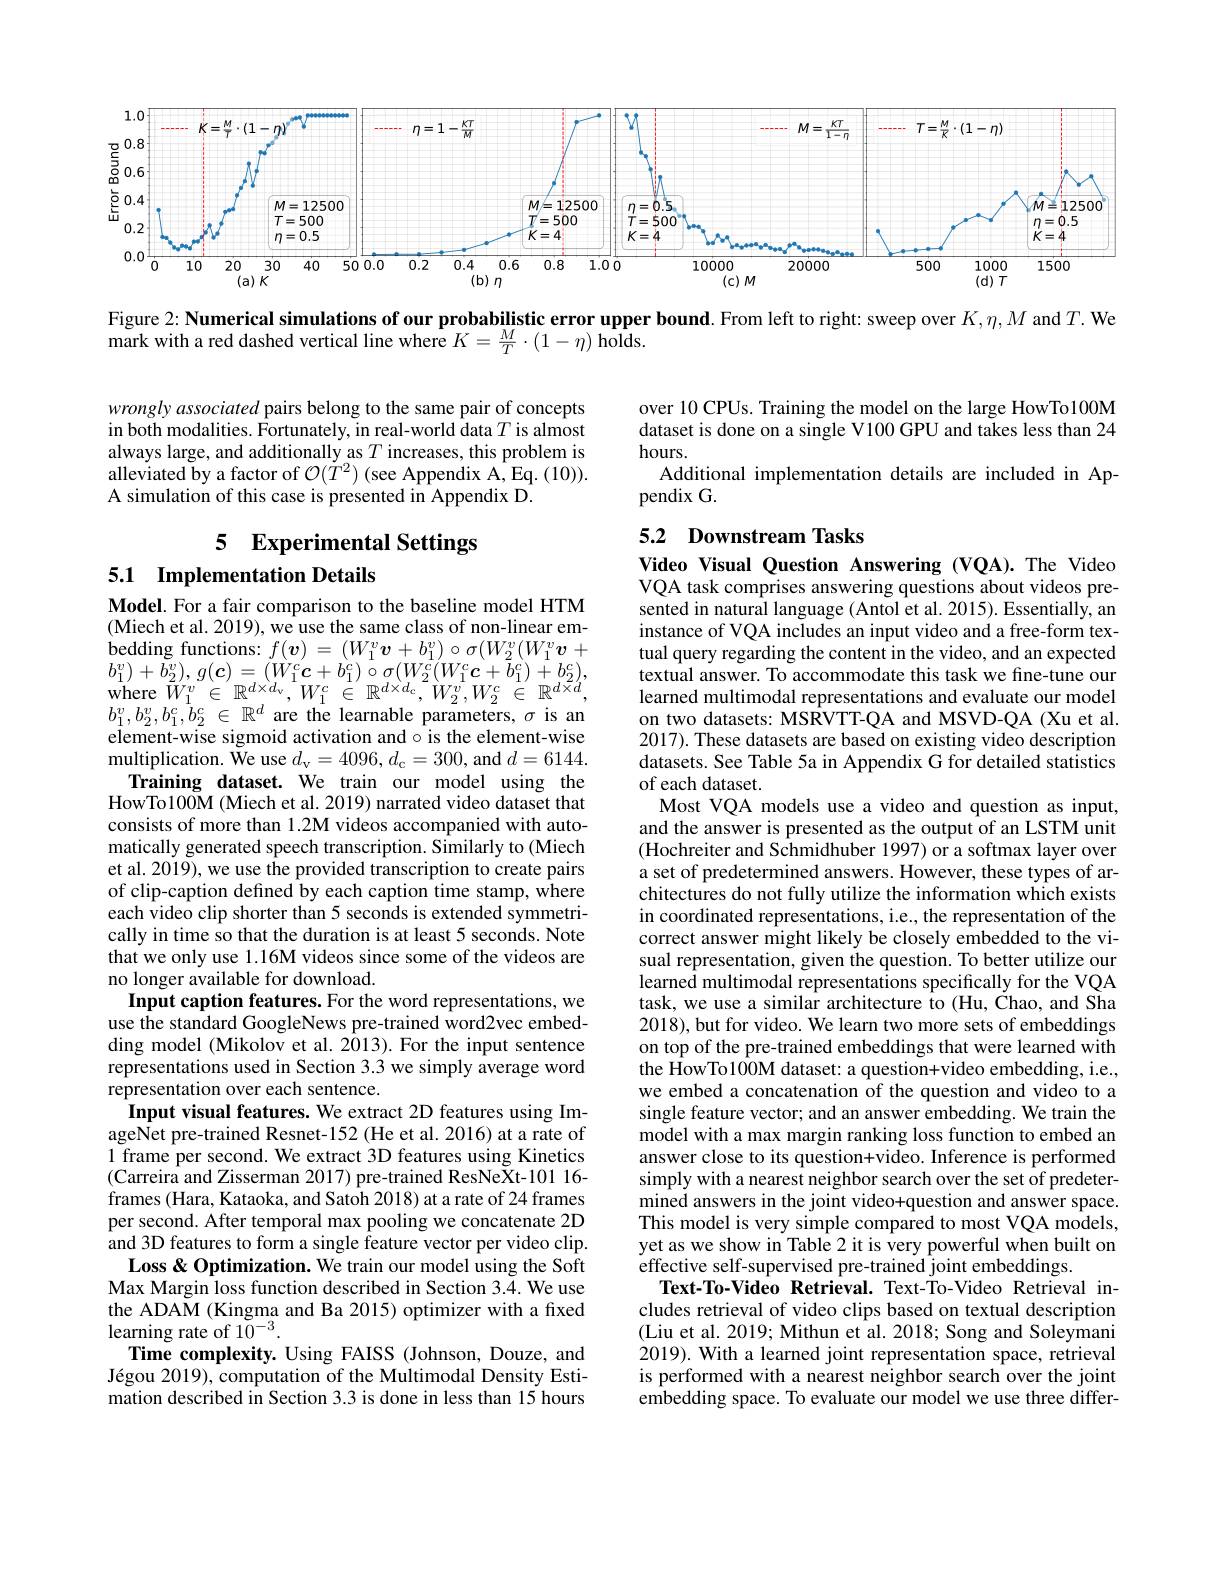
<FigureHere>

Figure 2: Numerical simulations of our probabilistic error upper bound. From left to right: sweep over $K,\eta,M$ and $T.$ We

mark with a red dashed vertical line where $K=\frac MT\cdot(1-\eta)$ holds.

wrongly associated pairs belong to the same pair of concepts in both modalities. $\hat{\text{Fortunately, in real-world data}T}$ is almost always large, and additionally as $T$ increases, this problem is alleviated by a factor of $\mathcal{O}(T^2)$ (see Appendix A, Eq. (10)). A simulation of this case is presented in Appendix D

over 10 CPUs. Training the model on the large HowTo100M dataset is done on a single V100 GPU and takes less than 24 hours.
Additional implementation details are included in Ap-
pendix G.

## 5.2 Downstream Tasks

5 Experimental Settings
5.1 Implementation Details

Video Visual Question Answering (VQA).The Video VQA task comprises answering questions about videos presented in natural language (Antol et al. 2015). Essentially, an instance of VQA includes an input video and a free-form textual query regarding the content in the video, and an expected textual answer. To accommodate this task we fine-tune our learned multimodal representations and evaluate our model on two datasets: MSRVTT-QA and MSVD-QA (Xu et al 2017). These datasets are based on existing video description datasets. See Table 5a in Appendix G for detailed statistics of each dataset.
Most VQA models use a video and question as input, and the answer is presented as the output of an LSTM unit (Hochreiter and Schmidhuber 1997) or a softmax layer over a set of predetermined answers. However, these types of architectures do not fully utilize the information which exists in coordinated representations, i.e., the representation of the correct answer might likely be closely embedded to the visual representation, given the question. To better utilize our learned multimodal representations specifically for the VQA task, we use a similar architecture to (Hu, Chao, and Sha 2018), but for video. We learn two more sets of embeddings on top of the pre-trained embeddings that were learned with the HowTo100M dataset: a question+video embedding, i.e., we embed a concatenation of the question and video to a single feature vector; and an answer embedding. We train the model with a max margin ranking loss function to embed an answer close to its question+video. Inference is performed simply with a nearest neighbor search over the set of predetermined answers in the joint video+question and answer space. This model is very simple compared to most VQA models, yet as we show in Table 2 it is very powerful when built on effective self-supervised pre-trained joint embeddings.
Text-To-Video Retrieval. Text-To-Video Retrieval includes retrieval of video clips based on textual description (Liu et al. 2019; Mithun et al. 2018; Song and Soleymani 2019). With a learned joint representation space, retrieval is performed with a nearest neighbor search over the joint embedding space. To evaluate our model we use three differ-

Model. For a fair comparison to the baseline model HTM (Miech et al. 2019), we use the same class of non-linear embedding functions: $f( \boldsymbol{v})$ = $( W_{1}^{v}\boldsymbol{v}+ b_{1}^{v}) \circ \sigma ( W_{2}^{v}( W_{1}^{v}\boldsymbol{v}+ \mathbf{v} _{2}^{v})$ bedding functions: $f( \boldsymbol{v})$ = $( W_{1}^{v}\boldsymbol{v}+ b_{1}^{v}) \circ \sigma ( W_{2}^{v}( W_{1}^{v}\boldsymbol{v}+ \mathbf{v} _{2}^{v}\boldsymbol{v}_{2}^{v}\boldsymbol{v}_{2}^{v}\boldsymbol{v}_{2}^{v}\boldsymbol{v}_{2}^{v}\boldsymbol{v}_{2}^{v}$ $\begin{array}{l}{b_{1}^{v})+b_{2}^{v}),\:g(\boldsymbol{c})=(W_{1}^{c}\boldsymbol{c}+b_{1}^{c})\:\circ\sigma(W_{2}^{c}(W_{1}^{c}\boldsymbol{c}+\bar{b}_{1}^{c})\:+b_{2}^{c}),}\\{\mathrm{where~}W_{1}^{v}\in\:\mathbb{R}^{d\times d_{v}},\:W_{1}^{c}\:\in\:\mathbb{R}^{d\times d_{c}},\:W_{2}^{v},W_{2}^{c}\:\in\:\mathbb{R}^{d\times d},}\end{array}$ $b_{1}^{v}, b_{2}^{v}, b_{1}^{c}, \dot{b} _{2}^{c}$ $\in$ $\mathbb{R} ^{d}$ are the learnable parameters,$\sigma$ is an element-wise sigmoid activation and$\circ$ is the element-wise multiplication. We use $d_\mathrm{v}=4096,d_\mathrm{c}=300$, and $d=6144.$
Training dataset. We train our model using the HowTo100M (Miech et al. 2019) narrated video dataset that consists of more than 1.2M videos accompanied with automatically generated speech transcription. Similarly to (Miech et al. 2019), we use the provided transcription to create pairs of clip-caption defined by each caption time stamp, where each video clip shorter than 5 seconds is extended symmetrically in time so that the duration is at least 5 seconds. Note that we only use 1.16M videos since some of the videos are no longer available for download.
Input caption features. For the word representations, we use the standard GoogleNews pre-trained word2vec embedding model (Mikolov et al. 2013). For the input sentence representations used in Section 3.3 we simply average word representation over each sentence.
Input visual features. We extract 2D features using ImageNet pre-trained Resnet-152 (He et al. 2016) at a rate of 1 frame per second. We extract 3D features using Kinetics $(\hat{\text{Carreira and Zisserman 2017) pre-trained ResNeXt-101 16-}}$ frames (Hara, Kataoka, and Satoh 2018) at a rate of 24 frames per second. After temporal max pooling we concatenate 2D and 3D features to form a single feature vector per video clip. Loss & Optimization. We train our model using the Soft Max Margin loss function described in Section 3.4. We use the ADAM (Kingma and Ba 2015) optimizer with a fixed learning rate of $10^{-3}.$
Time complexity. Using FAISS (Johnson, Douze, and Jégou 2019), computation of the Multimodal Density Estimation described in Section 3.3 is done in less than 15 hours